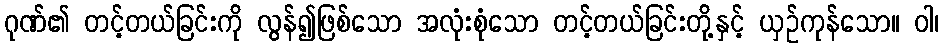
ဂုဏ်၏ တင့်တယ်ခြင်းကို လွန်၍ဖြစ်သော အလုံးစုံသော တင့်တယ်ခြင်းတို့နှင့် ယှဉ်ကုန်သော။ ဝါ၊